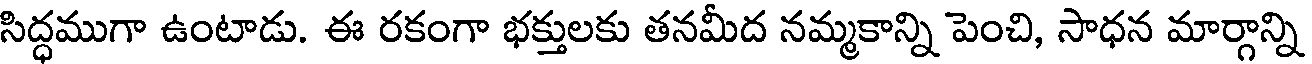
సిద్ధముగా ఉంటాడు. ఈ రకంగా భక్తులకు తనమీద నమ్మకాన్ని పెంచి, సాధన మార్గాన్ని